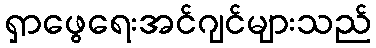
ရှာဖွေရေးအင်ဂျင်များသည်